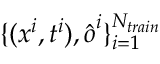
\{ ( \boldsymbol { x } ^ { i } , t ^ { i } ) , \boldsymbol { \hat { o } } ^ { i } \} _ { i = 1 } ^ { N _ { t r a i n } }